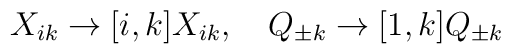
X_{ik}\to [i,k]X_{ik}, \quad Q_{\pm k}\to [1,k]Q_{\pm k}